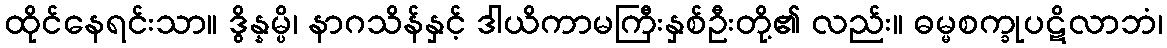
ထိုင်နေရင်းသာ။ ဒွိန္နမ္ပိ၊ နာဂသိန်နှင့် ဒါယိကာမကြီးနှစ်ဦးတို့၏ လည်း။ ဓမ္မစက္ခုပဋိလာဘံ၊